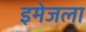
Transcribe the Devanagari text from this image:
इमेजला